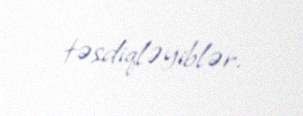
təsdiqləyiblər.